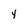
Character: 4